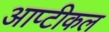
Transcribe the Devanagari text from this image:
आप्टीकल